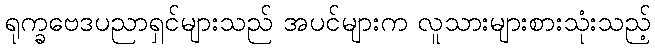
ရုက္ခဗေဒပညာရှင်များသည် အပင်များက လူသားများစားသုံးသည့်